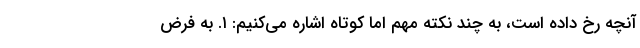
آنچه رخ داده است، به چند نکته مهم اما کوتاه اشاره می‌کنیم: ۱. به فرض